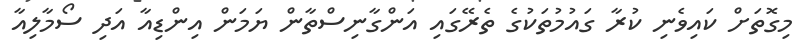
މިގޮތަށް ކައިވެނި ކުރާ ގައުމުތަކުގެ ތެރޭގައި އަންގާނިސްތާން ޔަމަން އިންޑިއާ އަދި ސޯމާލިއާ